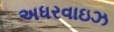
અધરવાઇઝ